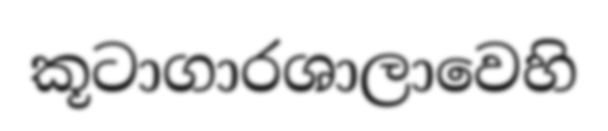
කූටාගාරශාලාවෙහි